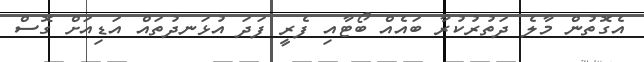
އެގޮތުން މާލެ ދަތުރުކުރާ ބައެއް ބޯޓާއި ފެރީ ފަދަ އުޅަނދުތައް އަޑިއަށް ގޮސް